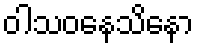
ဝါသဝနေသိနော